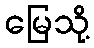
မြေသို့